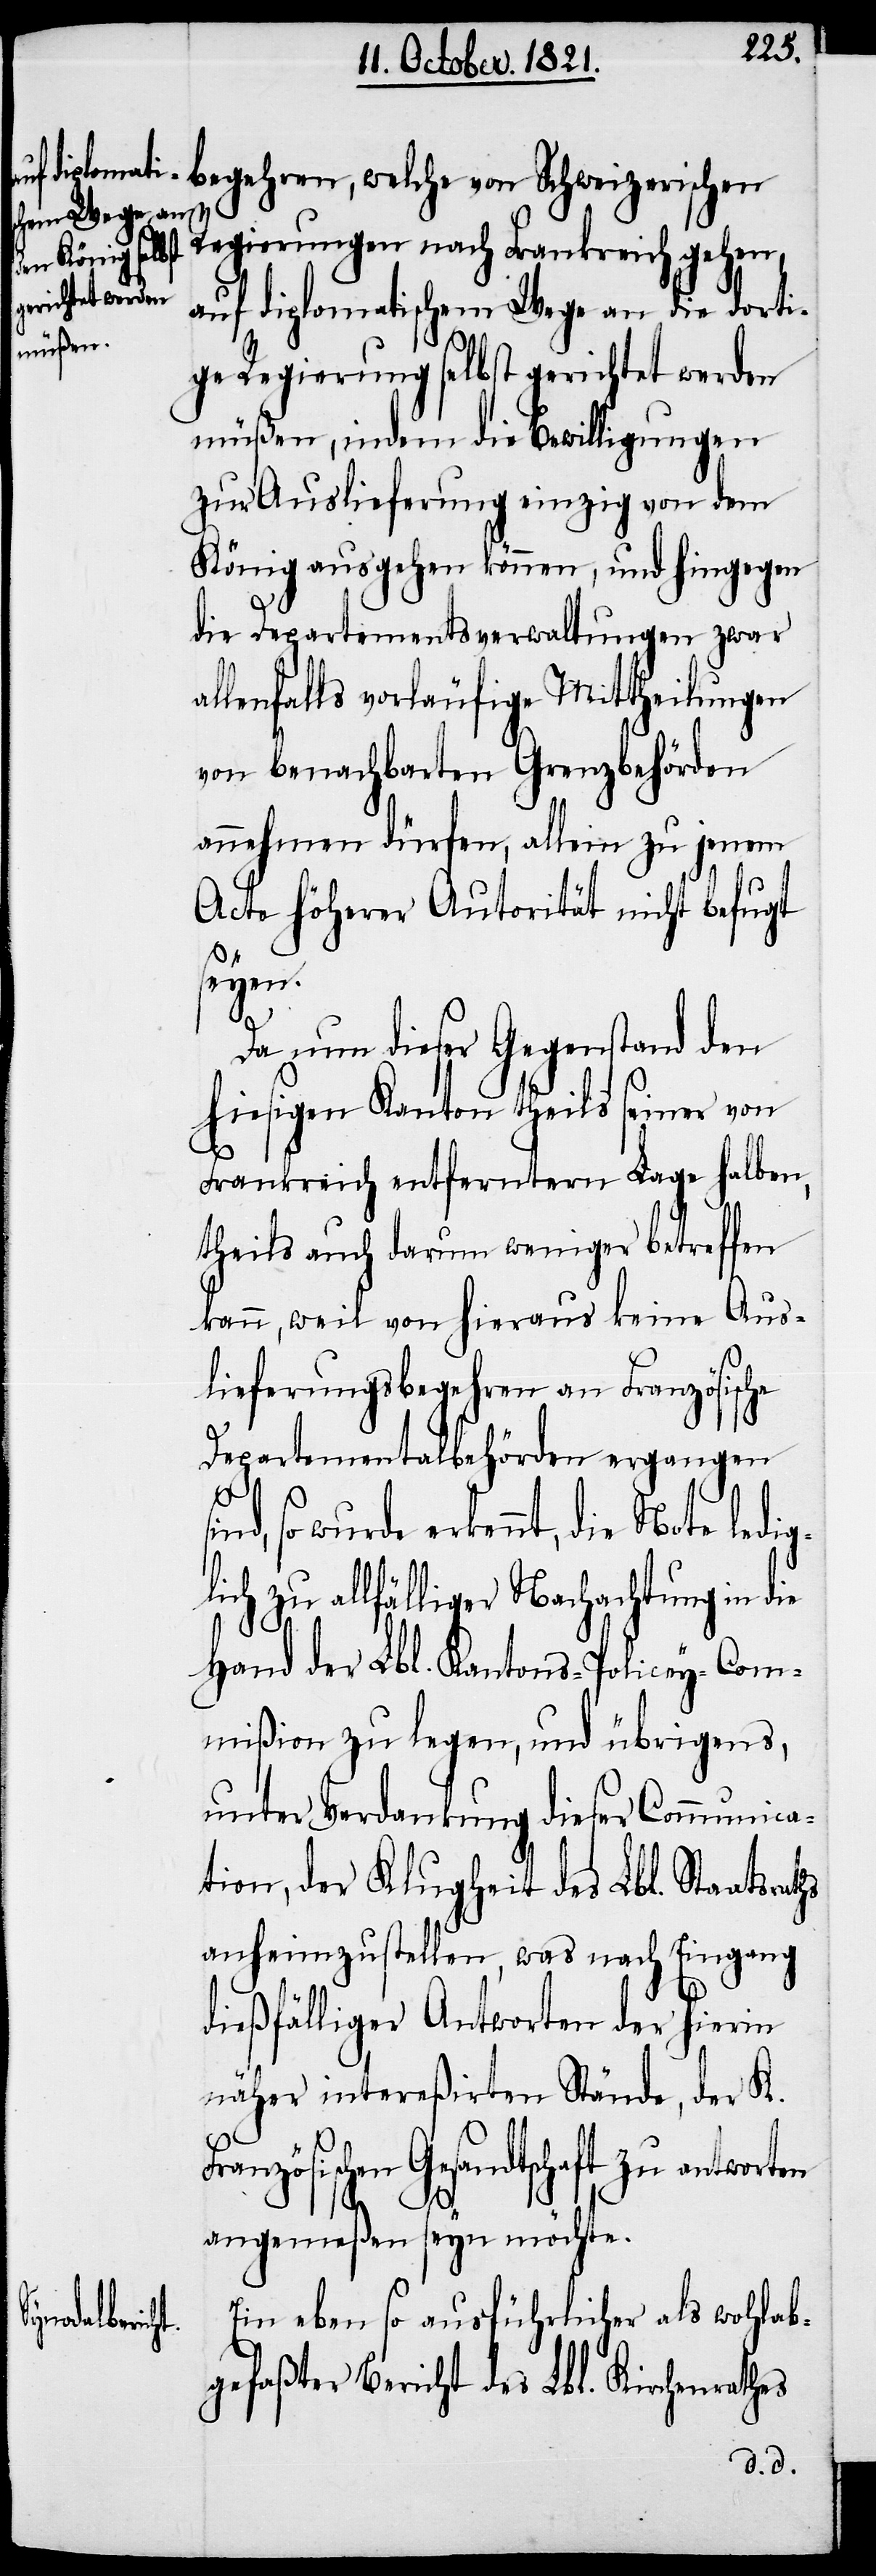
Regierungen nach Frankreich gehen,
auf diplomatischem Wege an die dorti¬
ge Regierung selbst gerichtet werden
müßen, indem die Bewilligungen
zur Auslieferung einzig von dem
König ausgehen können, und hingegen
die Departementsverwaltungen zwar
llenfalls vorläufige Mittheilungen
von benachbarten Grenzbehörden
annehmen dürfen, allein zu jenem
Acte höherer Autorität nicht befugt
seyen.
Da nun dieser Gegenstand den
hiesigen Kanton theils seiner von
Frankreich entfernten Lage halben,
theils auch darum weniger betreffen
kann, weil von hieraus keine Aus¬
lieferungsbegehren an Französische
Departementalbehörden ergangen
a¬
sind, so wurde erkennt, die Note ledigl¬
ich zu allfälliger Nachachtung in die
Hand der Lbl. Kantons-Policey-Com¬
mißion zu legen, und übrigens,
unter Verdankung dieser Communica¬
tion, der Klugheit des Lbl. Sta¬
anheimzustellen, was nach Eingang
dießfälliger Antworten der hierin
näher intereßirten Stände, der K.
Gesandtschaft zu antworten
angemeßen seyn möchte.
Ein ebenso ausführlicher als wohlab¬
gefaßter Bericht des Lbl. Kirchenrathes

atsraths